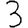
Digit: 3